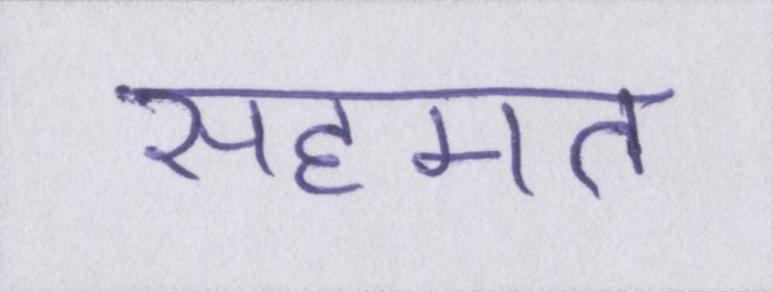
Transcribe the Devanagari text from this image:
सहमत